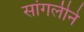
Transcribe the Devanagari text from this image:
सांगलीने